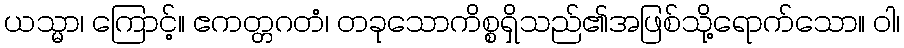
ယသ္မာ၊ ကြောင့်။ ဧကတ္တဂတံ၊ တခုသောကိစ္စရှိသည်၏အဖြစ်သို့ရောက်သော။ ဝါ၊